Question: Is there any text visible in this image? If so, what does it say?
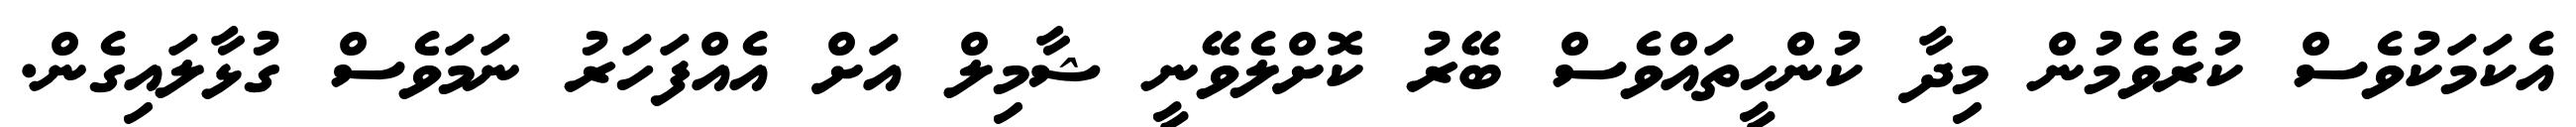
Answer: އެކަމަކުވެސް ކުރެވެމުން މިދާ ކުންހީތައްވެސް ބޭރު ކޮށްލެވޭނީ ޝާމިލް އަށް އެއްފަހަރު ނަމަވެސް ގުޅާލައިގެން.